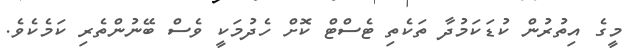
މީގެ އިތުރުން ކުޑަކަމުދާ ތަކެތި ޓެސްޓް ކޮށް ހެދުމަކީ ވެސް ބޭނުންތެރި ކަމެކެވެ.